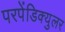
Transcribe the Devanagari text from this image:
परपेंडिक्युलर